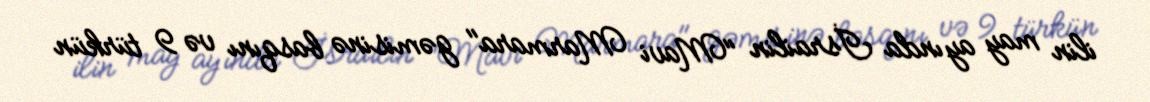
ilin may ayında İsrailin "Mavi Marmara" gəmisinə basqını və 9 türkün